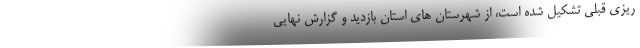
ریزی قبلی تشکیل شده است، از شهرستان های استان بازدید و گزارش نهایی